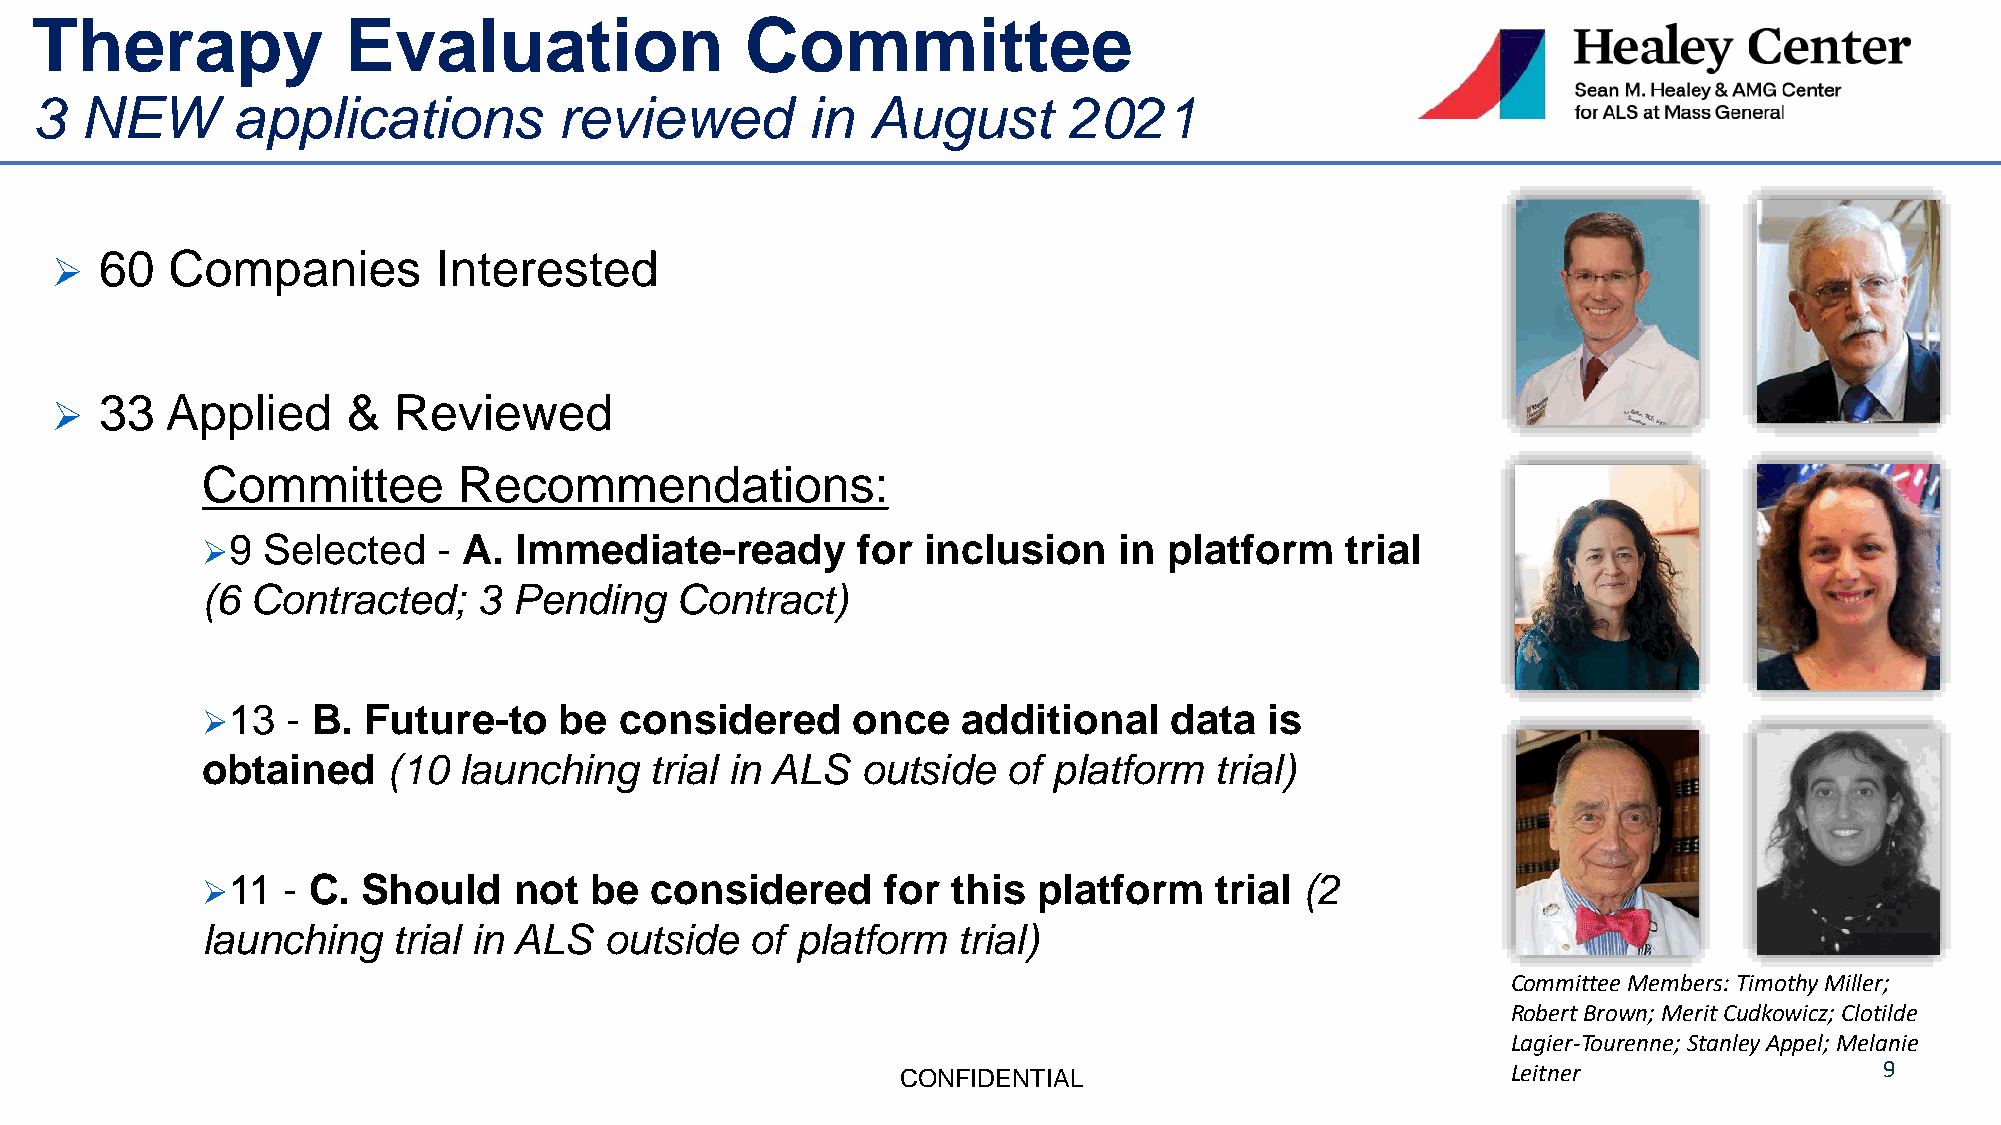
Therapy              Evaluation                Committee
 3  NEW       applications          reviewed        in   August       2021
 60  Companies         Interested
 ➢
 33  Applied     &  Reviewed
 ➢
 Committee        Recommendations:
 9 Selected    - A. Immediate-ready        for inclusion    in platform    trial
 ➢
 (6  Contracted;    3 Pending    Contract)
 13  - B. Future-to    be  considered     once    additional   data   is
 ➢
 obtained     (10 launching    trial in ALS  outside   of platform  trial)
 11  - C. Should    not  be  considered      for this  platform   trial (2
 ➢
 launching    trial in ALS  outside   of platform  trial)
 Committee Members: Timothy Miller;
 Robert Brown; Merit Cudkowicz; Clotilde
 Lagier-Tourenne; StanleyAppel; Melanie
 CONFIDENTIAL                            Leitner                  9